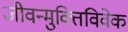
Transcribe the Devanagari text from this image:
जीवन्मुक्तिविवेक